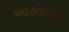
આહવાનો